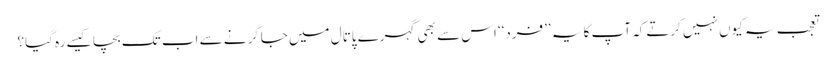
تعجب یہ کیوں نہیں کرتےکہ آپ کا یہ ’’فرد‘‘ اس سے بھی گہرے پاتال میں جاگرنے سے اب تک بچا کیسے رہ گیا؟